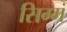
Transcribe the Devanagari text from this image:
सिग्मं